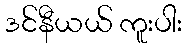
ဒင်နီယယ် ကူးပါး